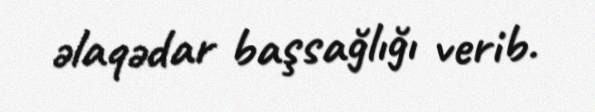
əlaqədar başsağlığı verib.